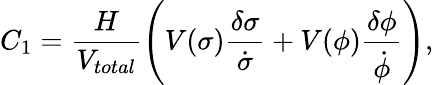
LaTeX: C_{1}=\frac{H}{V_{total}}\left(V(\sigma)\frac{\delta\sigma}{\dot{\sigma}}+V(\phi)\frac{\delta\phi}{\dot{\phi}}\right),